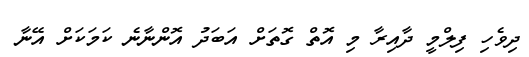
ދިވެހި ފިލްމީ ދާއިރާ މި އޮތް ގޮތަށް އަބަދު އޮންނާނެ ކަމަކަށް އޭނާ